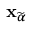
\mathbf { x } _ { \widetilde { \alpha } }